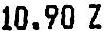
10.90 Z